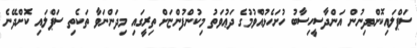
ސަޕްލައިކޮށްދިނުން އަންދާސީހިސާބު ހުށަހެޅުއްވުމުގެ ދަޢުވަތު މިކުންފުންޏަށް ތިރީގައި މިދަންނަވާ ތަކެތި ސަޕްލައި ކޮށްދޭނެ